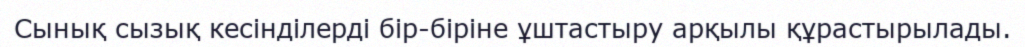
Сынық сызық кесінділерді бір-біріне ұштастыру арқылы құрастырылады.